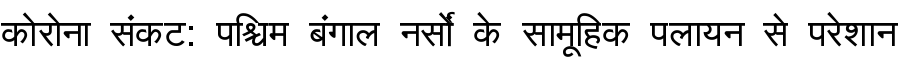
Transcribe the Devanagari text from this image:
कोरोना संकट: पश्चिम बंगाल नर्सों के सामूहिक पलायन से परेशान